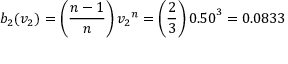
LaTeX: b _ { 2 } ( v _ { 2 } ) = \left( { \frac { n - 1 } { n } } \right) { v _ { 2 } } ^ { n } = \left( { \frac { 2 } { 3 } } \right) { 0 . 5 0 } ^ { 3 } = 0 . 0 8 3 3